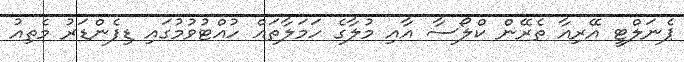
ޕެނަލްޓީ އޭރިއާ ތެރޭން ކްލޯސާ އާއި މުލާގެ ހަމަލާތައް ހުއްޓުވުމުގައި ޑިފެންޑަރު މެތިއު